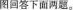
图回答下面两题。